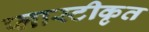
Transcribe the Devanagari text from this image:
प्लास्टीकृत